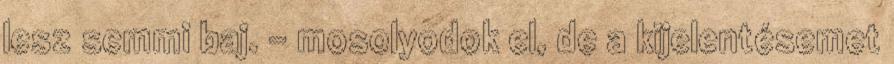
lesz semmi baj. – mosolyodok el, de a kijelentésemet